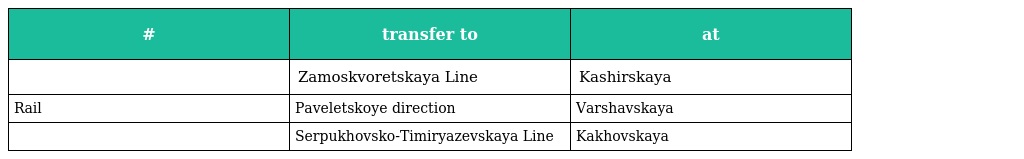
| # | transfer to | at |
 | --- | --- | --- |
 |  | Zamoskvoretskaya Line | Kashirskaya |
 | Rail | Paveletskoye direction | Varshavskaya |
 |  | Serpukhovsko-Timiryazevskaya Line | Kakhovskaya |